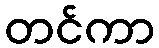
တင်ကာ